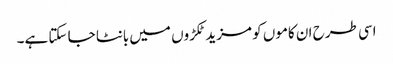
اسی طرح ان کاموں کو مزید ٹکڑوں میں بانٹا جا سکتا ہے۔